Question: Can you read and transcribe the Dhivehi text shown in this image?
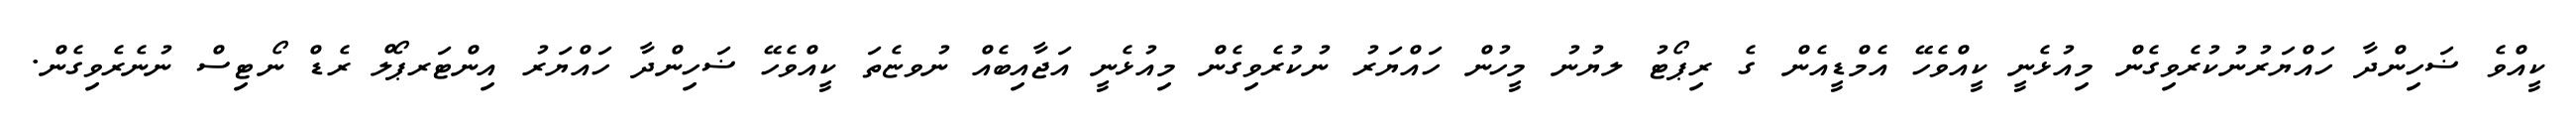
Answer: ކީއްވެ ޟަހިންދާ ހައްޔަރުނުކުރެވިގެން މިއުޅެނީ ކީއްވެހޭ އެމްޑީއެން ގެ ރިޕޯޓު ލޔުނު މީހުން ހައްޔަރު ނުކުރެވިގެން މިއުޅެނީ އަޖާއިބެއް ނުވޏެތަ ކީއްވެހޭ ޟަހިންދާ ހައްޔަރު އިންޓަރޕޯލް ރެޑް ނޯޓިސް ނުނެރެވިގެން.